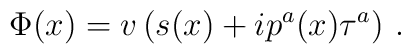
\Phi(x) = v\left( s(x) + i p^a (x) \tau^a \right)\, .